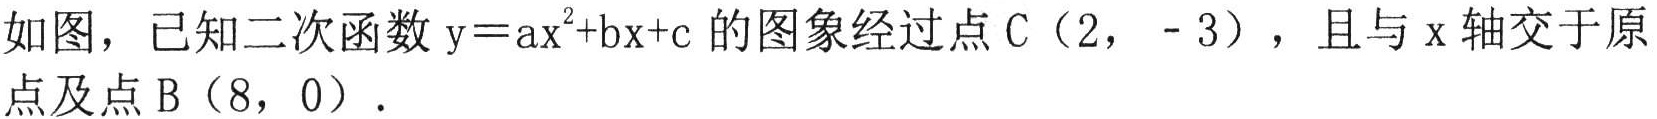
如图，已知二次函数$y = ax^{2}+bx + c$的图象经过点$C(2,-3)$，且与$x$轴交于原
点及点$B(8,0)$.